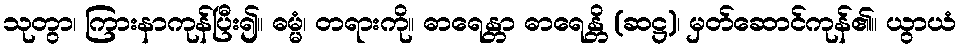
သုတွာ၊ ကြားနာကုန်ပြီး၍။ ဓမ္မံ၊ တရားကို။ ဓာရေန္တာ ဓာရေန္တိ (ဆဋ္ဌ)၊ မှတ်ဆောင်ကုန်၏။ ယွာယံ